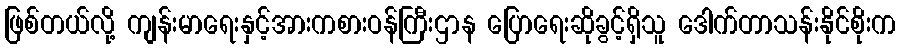
ဖြစ်တယ်လို့ ကျန်းမာရေးနှင့်အားကစားဝန်ကြီးဌာန ပြောရေးဆိုခွင့်ရှိသူ ဒေါက်တာသန်းနိုင်စိုးက